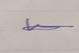
Signature authenticity: genuine